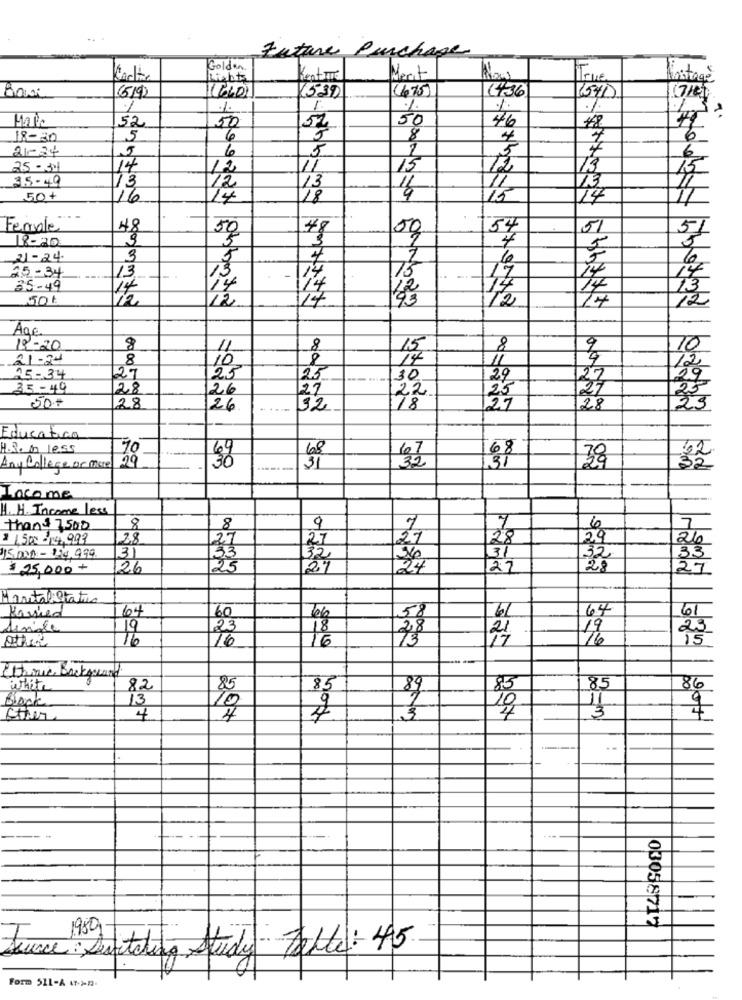
Future Purchase
Golden
Carta
Kentte
Merit
Now
True.
instago
(519)
(675)
1436
(539)
1571)
1
%
1
Mario
50
46
#8
52
50
18-30
5
6
8
4
7
21-34
6
5
5
25 -30
14
12
11
15
12
73
35-49
13
12
13
50+
6
14
18
15
Female
48
50
48
50
54
18-20
5
21-24
3
4
25- 34
13
73
35-49
14
14
-12+
50
12
4€
7
Age
12-20
8
11
8
8
9
21-24
8
10
8
11
27
AS - 34
25
25
30
29
27
35-49
28
26
27
25
27
22
50+
28
26
32
18
27
28
23
Educativa
H. R. on less
29
68
68
Any College or more
ny
3g
Locome
H. H. Income less
than$ 7500
8
8
9
7
6
1 150 -14.993
28
27
28
29
27
15000 - 114,999
31
32
31
32
$ 25,000 +
26
25
24
22
27
Marital Status
Kawied
164
60
64
Single
19
23
16
16
16
24
23
Ethnic Background
white
82
85
85
85
85
Black
13
10
Ctuer
4
4
1-
03058717
June : Dutching Study Falte : 45
Form 511-A (->n.